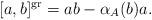
LaTeX: \begin{align*}[a,b]^{\operatorname{gr}} = ab - \alpha_A(b)a.\end{align*}